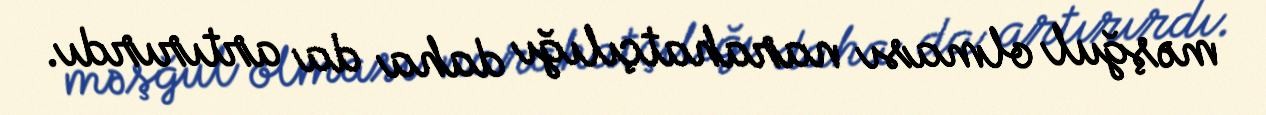
məşğul olması narahatçılığı daha da artırırdı.